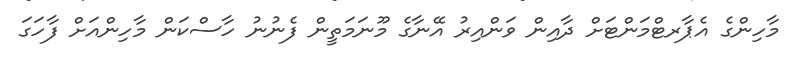
މާހިންގެ އެޕާރޓްމަންޓަށް ދާއިން ވަންއިރު އޭނާގެ މޫނަމަތީން ފެނުނު ހާސްކަން މާހިންއަށް ފާހަގަ